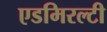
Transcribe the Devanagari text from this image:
एडमिरल्‍टी